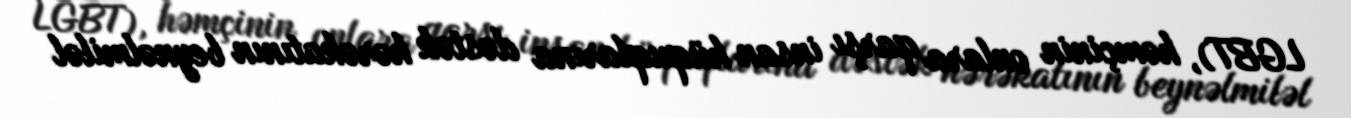
LGBT), həmçinin onlara qarşı insan hüquqlarına dəstək hərəkatının beynəlmiləl